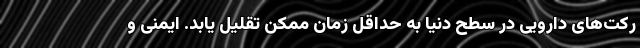
رکت‌های دارویی در سطح دنیا به حداقل زمان ممکن تقلیل یابد. ایمنی و